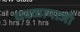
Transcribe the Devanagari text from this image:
धवळामाजी